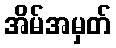
အိမ်အမှတ်